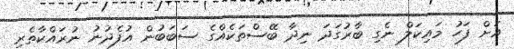
އަށް ފަހު މައިކަލް ނެގި ބާރުގަދަ ނިދާ ބޭސްތަކެއްގެ ސަބަބުން އުފެދުނު ނުރައްކާތެރި